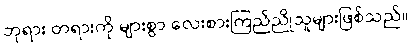
ဘုရား တရားကို များစွာ လေးစားကြည်ညိုသူများဖြစ်သည်။